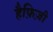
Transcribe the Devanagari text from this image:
हैफ़िज़ी